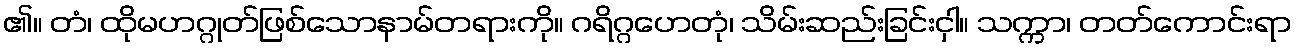
၏။ တံ၊ ထိုမဟဂ္ဂုတ်ဖြစ်သောနာမ်တရားကို။ ဂရိဂ္ဂဟေတုံ၊ သိမ်းဆည်းခြင်းငှါ။ သက္ကာ၊ တတ်ကောင်းရာ